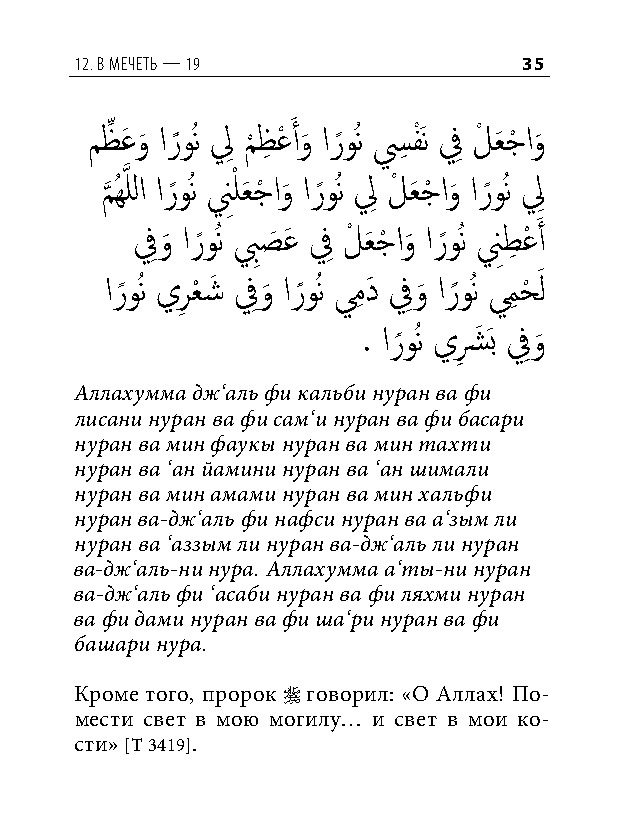
12. в мечеть — 19             35
 مظِّ عَ و
 َ
 ار ًوُن لِ م
 ْ
 ظِ عْ َ أو
 َ
 ار ًوُن سِ فَْن فِ لْ عَ جْ او
 َ
 م
 َّذ
 ُهَّذ للا ار ًوُن نِْ لعَ جْ او
 َ
 ار ًوُن لِ لْ عَ جْ او
 َ
 ار ًوُن لِ
 فِو
 َ
 ار ًوُن بِصَ عَ فِ لْ عَ جْ او
 َ
 ار ًوُن نِطِ عْ َ أ
 ار ًوُن يرِ عْ شَ فِو
 َ
 ار ًوُن يمِ دَ فِو
 َ
 ار ًوُن يمِ حْ َ ل
 . ار ًوُن يشِ َ َب فِو
 َ
 Аллахумма дж‘аль фи кальби нуран ва фи
 лисани нуран ва фи сам‘и нуран ва фи басари
 нуран ва мин фаукы нуран ва мин тахти
 нуран ва ‘ан йамини нуран ва ‘ан шимали
 нуран ва мин амами нуран ва мин хальфи
 нуран ва-дж‘аль фи нафси нуран ва а‘зым ли
 нуран ва ‘аззым ли нуран ва-дж‘аль ли нуран
 ва-дж‘аль-ни нура. Аллахумма а‘ты-ни нуран
 ва-дж‘аль фи ‘асаби нуран ва фи ляхми нуран
 ва фи дами нуран ва фи ша‘ри нуран ва фи
 башари нура.
 Кроме того, пророк  говорил: «О Аллах! По-
 мести свет в мою могилу… и свет в мои ко-
 сти» [Т 3419].